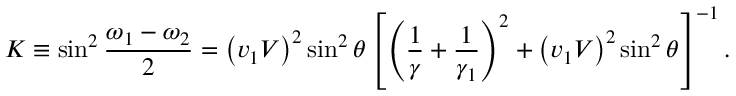
K \equiv \sin ^ { 2 } \frac { \omega _ { 1 } - \omega _ { 2 } } { 2 } = \left( v _ { 1 } V \right) ^ { 2 } \sin ^ { 2 } \theta \left[ \left( \frac { 1 } { \gamma } + \frac { 1 } { \gamma _ { 1 } } \right) ^ { 2 } + \left( v _ { 1 } V \right) ^ { 2 } \sin ^ { 2 } \theta \right] ^ { - 1 } .